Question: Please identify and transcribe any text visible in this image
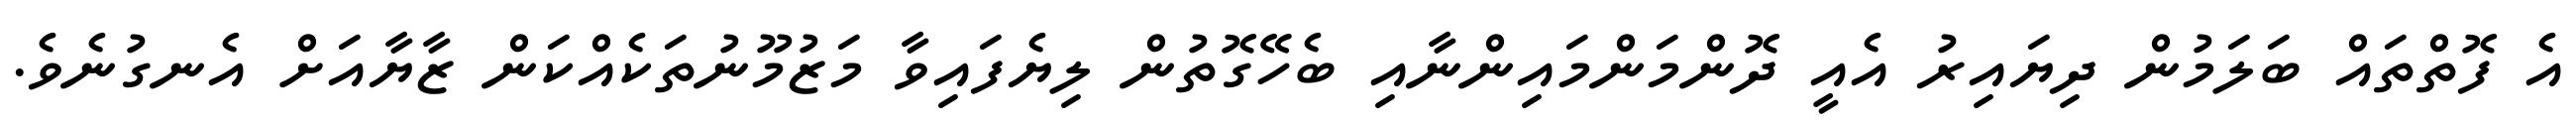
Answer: އެ ފޮތްތައް ބަލަމުން ދިޔައިރު އެއީ ދޮންމަންމައިންނާއި ބެހޭގޮތުން ލިޔެފައިވާ މަޒުމޫނުތަކެއްކަން ޒާޔާއަށް އެނގުނެވެ.